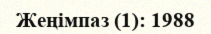
Жеңімпаз (1): 1988